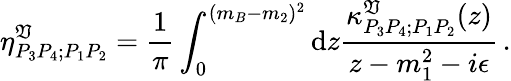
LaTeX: \eta_{P_{3}P_{4};P_{1}P_{2}}^{\mathfrak{V}}={\frac{{1}}{{\pi}}}\int_{0}^{(m_{B}-m_{2})^{2}}{\mathrm{d}}z{\frac{{\kappa_{P_{3}P_{4};P_{1}P_{2}}^{\mathfrak{V}}(z)}}{{z-m_{1}^{2}-i\epsilon}}}\, .